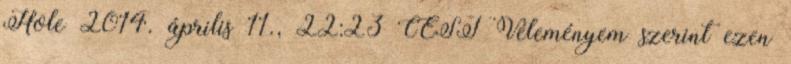
Hole 2014. április 11., 22:23 CEST Véleményem szerint ezen